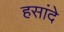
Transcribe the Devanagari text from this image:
हसांदे